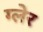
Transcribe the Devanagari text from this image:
ग्लेर